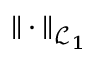
\| \cdot \| _ { \mathcal { L } _ { 1 } }